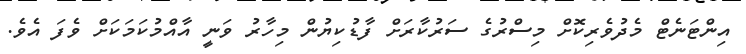
އިންޓަނެޓް މެދުވެރިކޮށް މިސްރުގެ ސަރުކާރަށް ފާޑުކިޔުން މިހާރު ވަނީ އާއްމުކަމަކަށް ވެފަ އެވެ.